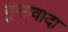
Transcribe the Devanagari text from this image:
मुसावादा